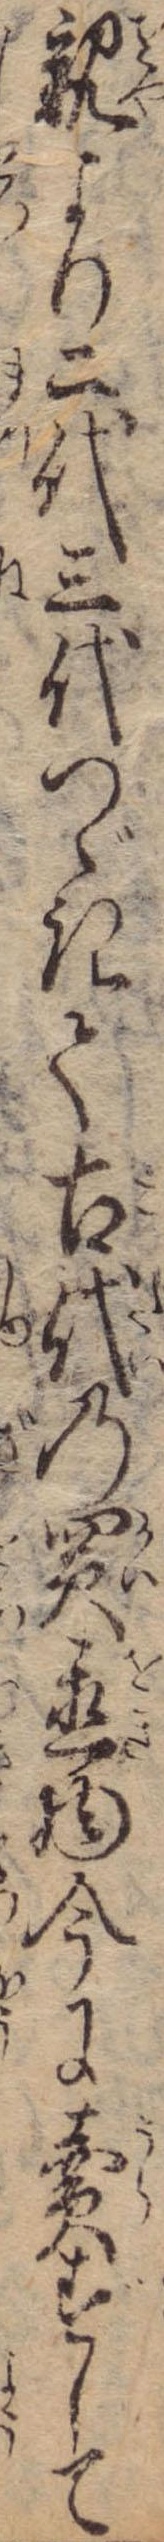
親より二代三代つゞきて古代の買置物今に売ずして